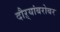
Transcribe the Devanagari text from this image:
दौऱ्यांबरोबर